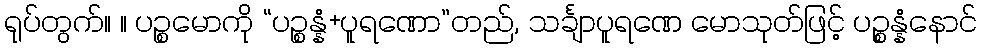
ရုပ်တွက်။ ။ ပဉ္စမောကို “ပဉ္စန္နံ+ပူရဏော”တည်, သင်္ချာပူရဏေ မောသုတ်ဖြင့် ပဉ္စန္နံနောင်